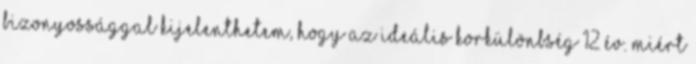
bizonyossággal kijelenthetem, hogy az ideális korkülönbség 12 év. Miért